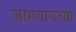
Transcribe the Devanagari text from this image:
जागवायच्या